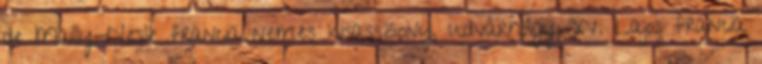
de Mailly-Nesle francia nemes kisasszony, udvarhölgy, XV. Lajos francia